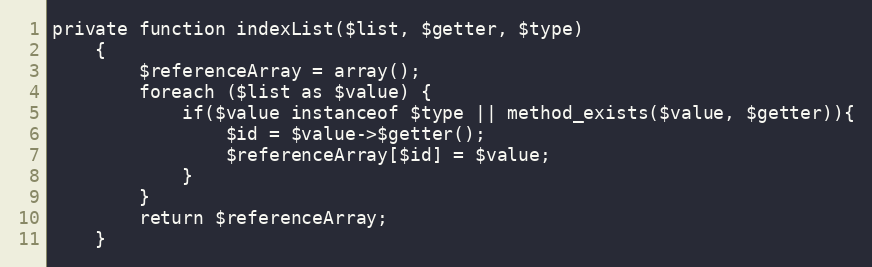
Language: PHP
private function indexList($list, $getter, $type)
    {
        $referenceArray = array();
        foreach ($list as $value) {
            if($value instanceof $type || method_exists($value, $getter)){
                $id = $value->$getter();
                $referenceArray[$id] = $value;
            }
        }
        return $referenceArray;
    }